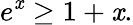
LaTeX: e^{\mathit{x}}\geq1+\mathit{x}.